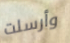
وأرسلت